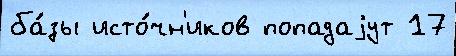
ба́зы исто́чн'иков попадаjут 17